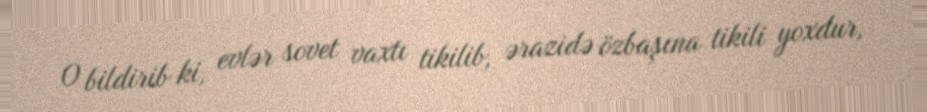
O bildirib ki, evlər sovet vaxtı tikilib, ərazidə özbaşına tikili yoxdur,